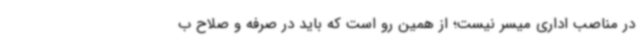
در مناصب اداری میسر نیست؛ از همین رو است که باید در صرفه و صلاح ب